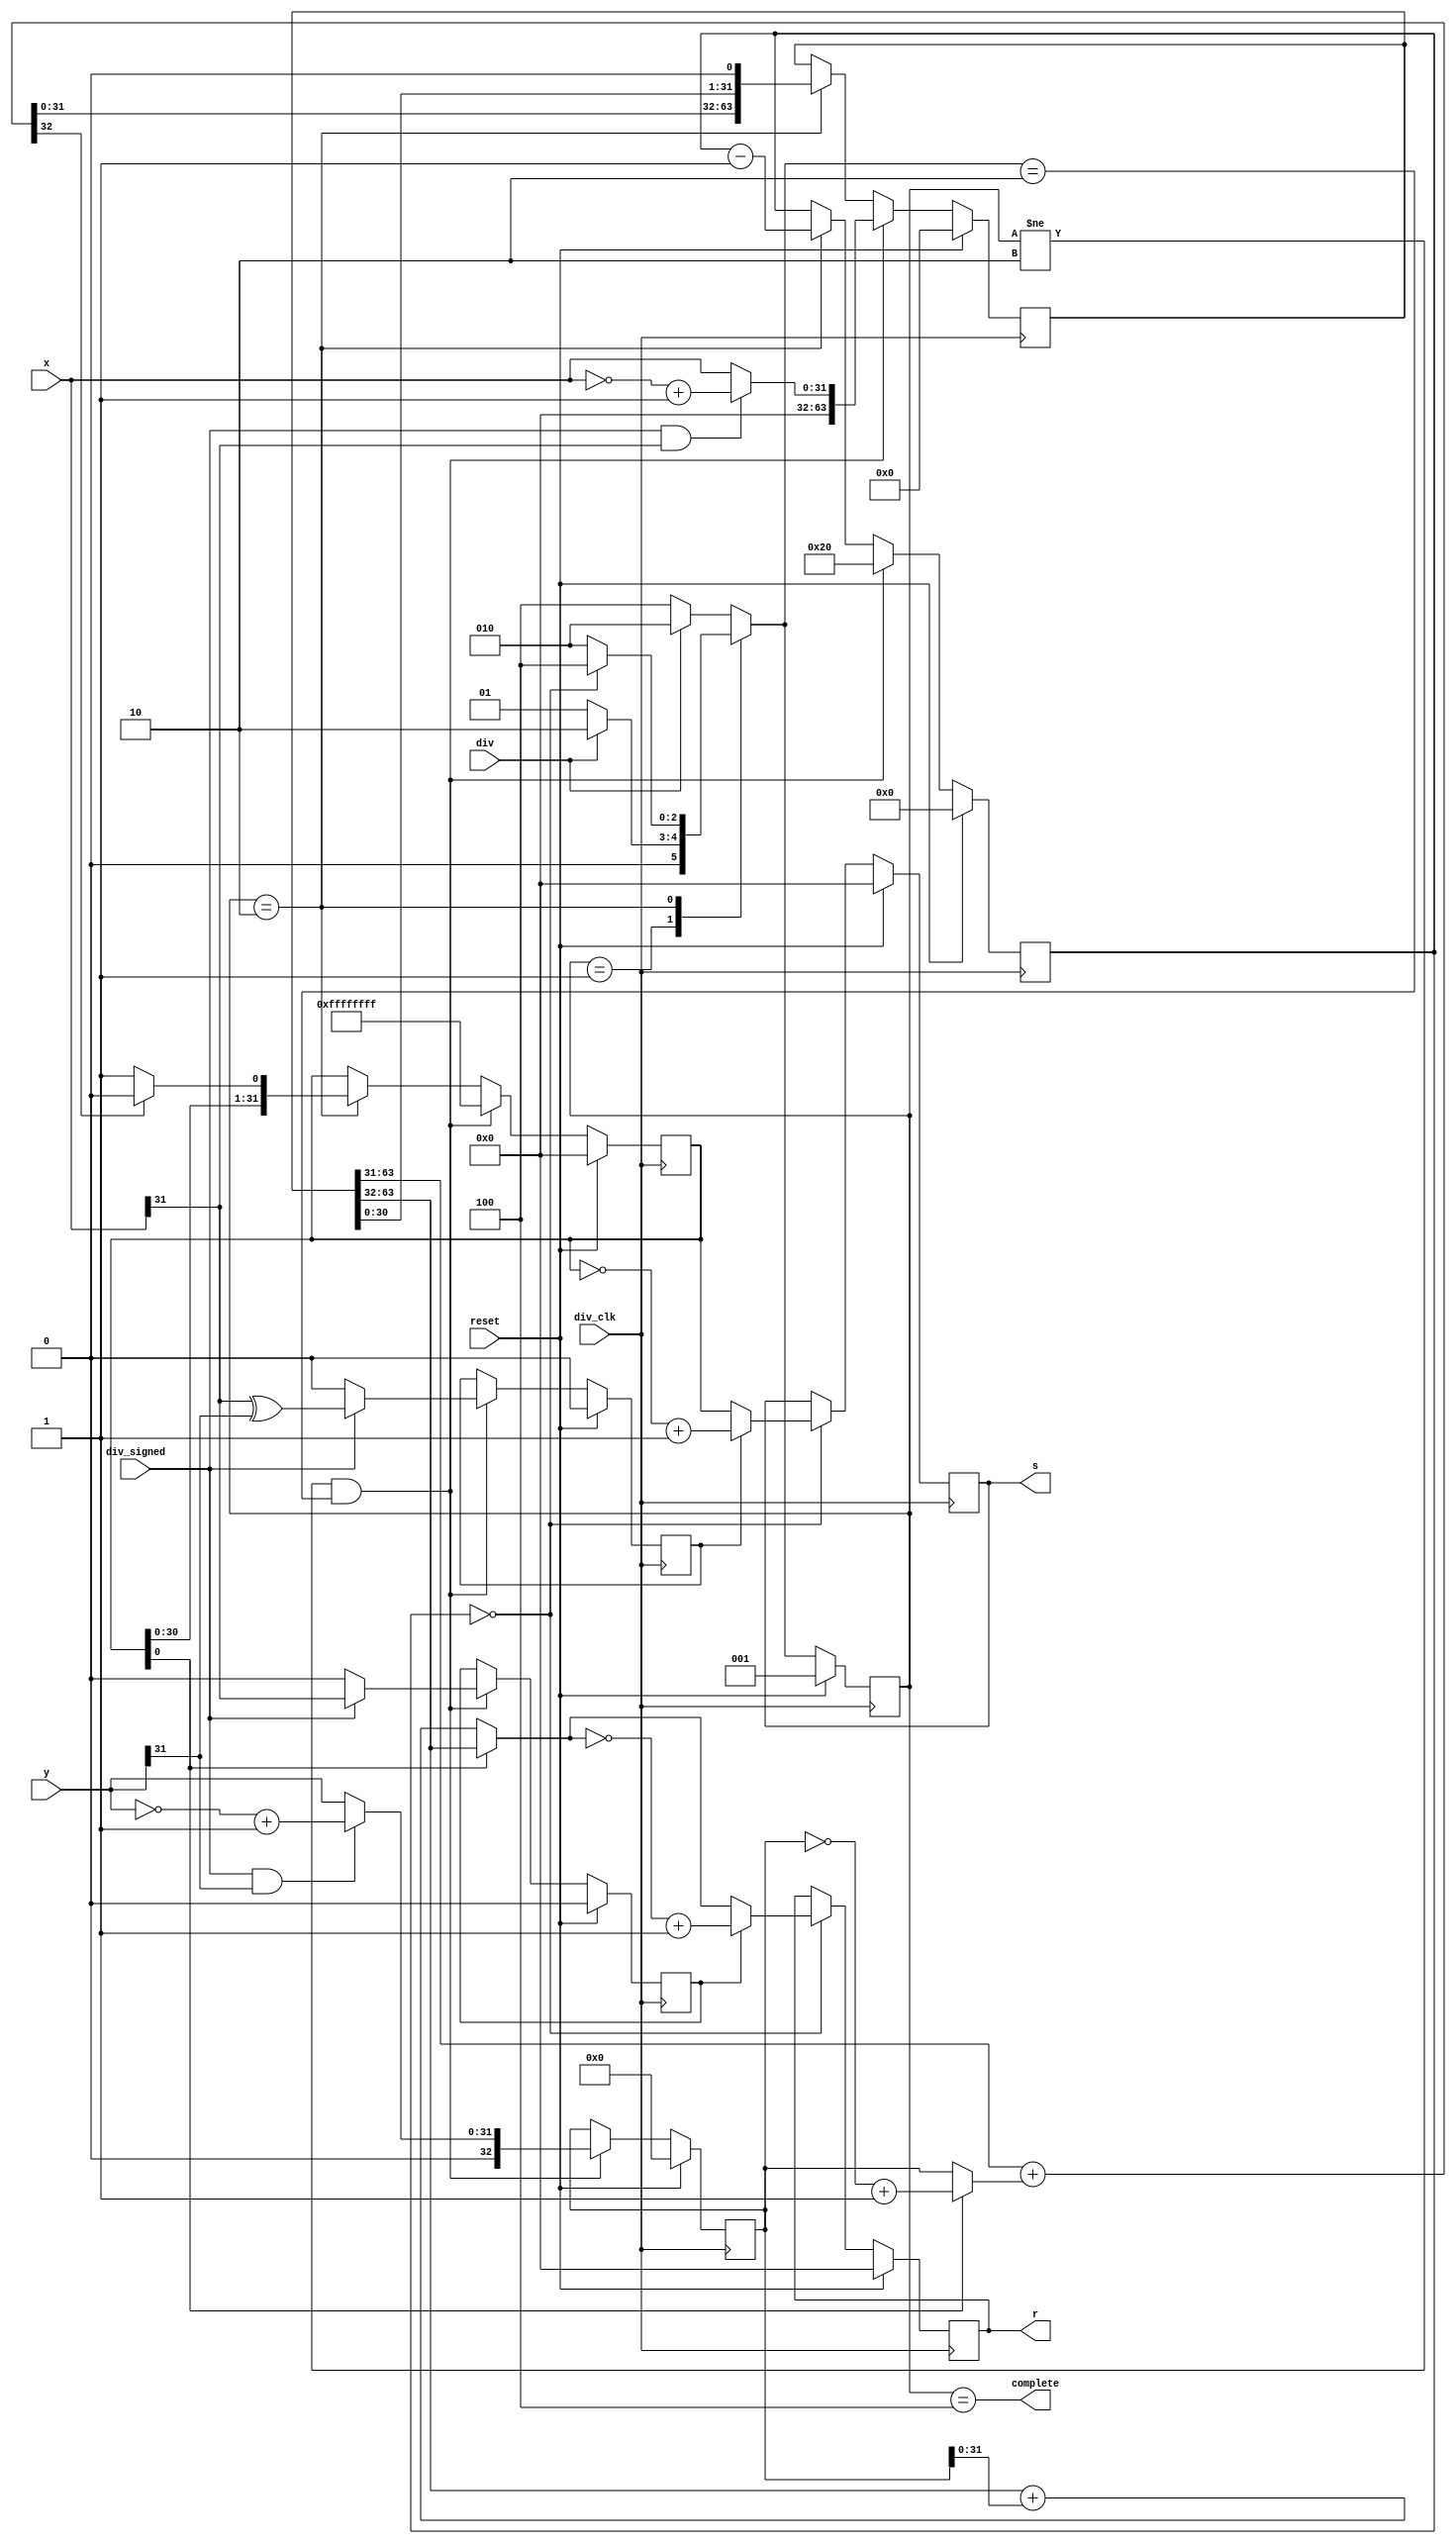
module div (
	input wire div_clk, input wire reset,
	input wire div, input wire div_signed,
	input wire [31:0] x,	/* Dividend */
	input wire [31:0] y,	/* Divisor */
	output reg [31:0] s,	/* Quotient */
	output reg [31:0] r,	/* Remainder */
	output wire complete
);

	wire rst, div_en;

	assign rst = reset, div_en = div;
	
	localparam S_RST = 3'b001,
		S_RUN = 3'b010, S_CMP = 3'b100;
	
	reg [2:0] current_state, next_state;
	wire flag_prepare, flag_running, flag_rlast;

	reg [63:0] x_r;	/* Abs of dividend */
	reg [32:0] y_r;	/* Abs of divisor */
	reg [31:0] q_r;	/* Abs of quotient */
	reg sign_q, sign_r;	/* Sign of quotient & remainder */
	reg [5:0] do_ymr;	/* Counter of steps */
	wire [32:0] y_n; /* -y_r */
	wire [32:0] diff;
	/*
	 * At the last step of RUNNING, q_r[0] being 0
	 * means that an additional y_r has been subtracted,
	 * so the remainder should be recovered by
	 * adding y_r[31:0] to x_r[63:32].
	 */
	wire [31:0] r_recovered;
	wire qn;	/* New bit of quotient */

	always @(posedge div_clk) begin
		if (rst)
			current_state <= S_RST;
		else
			current_state <= next_state;
	end

	always @(*) begin
		case (current_state)
		S_RST:	/* Reset */
			if (div_en != 0)
				next_state = S_RUN;
			else
				next_state = S_RST;
		S_RUN:	/* Running */
			if (do_ymr == 6'd0)
				next_state = S_CMP;
			else
				next_state = S_RUN;
		default:	/* Complete */
			if (div_en != 0)
				next_state = S_RUN;
			else
				next_state = S_CMP;
		endcase
	end

	assign flag_prepare = 
		(current_state != S_RUN && next_state == S_RUN),
		flag_running = (current_state == S_RUN),
		/* The last step of RUNNING */
		flag_rlast = (do_ymr == 6'd1),
		/* RUNNING has done, next state is COMPLETE */
		flag_done = (do_ymr == 6'd0);

	/* do_ymr */
	always @(posedge div_clk) begin
		if (rst)
			do_ymr <= 6'd0;
		else if (flag_prepare)
			/* Prepare to divide */
			do_ymr <= 6'd32;
		else if (flag_running)
			do_ymr <= do_ymr - 6'd1;
	end

	/* sign_q/r */
	always @(posedge div_clk) begin
		if (rst) begin
			sign_q <= 0;
			sign_r <= 0;
		end
		else if (flag_prepare) begin
			if (div_signed) begin
				sign_q <= x[31] ^ y[31];
				/* Sign of remainder is the same as dividend */
				sign_r <= x[31];
			end
			else begin
				/* unsigned */
				sign_q <= 0;
				sign_r <= 0;
			end
		end
	end

	assign y_n = ~y_r + 33'd1,
		/* q_r[0]==0 means that last new bit of quotient is 0, so do add */
		diff = x_r[63:31] + (q_r[0] ? y_n : y_r),
		/* 1 if diff is pos, 0 if diff is neg */
		qn = (diff[32] ? 0 : 1);

	/* x_r */
	always @(posedge div_clk) begin
		if (rst)
			x_r <= 64'd0;
		else if (flag_prepare)
			/* Prepare to divide */
			x_r <= {
				32'd0,
				(div_signed && x[31] ? ~x + 32'd1 : x)
			};
		else if (flag_running)
			x_r <= { diff[31:0],x_r[30:0],1'd0 };
	end

	assign r_recovered = (q_r[0] ? x_r[63:32] : x_r[63:32] + y_r[31:0]);

	/* y_r */
	always @(posedge div_clk) begin
		if (rst)
			y_r <= 33'd0;
		else if (flag_prepare)
			y_r <= {
				1'd0,
				(div_signed && y[31] ? ~y + 32'd1 : y)
			};
	end

	/* q_r */
	always @(posedge div_clk) begin
		if (rst)
			q_r <= 32'd0;
		else if (flag_prepare)
			q_r <= ~32'd0;
		else if (flag_running)
			q_r <= { q_r[30:0],qn };
	end

	/* s/r */
	always @(posedge div_clk) begin
		if (rst) begin
			s <= 32'd0;
			r <= 32'd0;
		end
		else if (flag_done) begin
			s <= (sign_q ? ~q_r + 32'd1 : q_r);
			r <= (sign_r ? ~r_recovered + 32'd1 : r_recovered);
		end
	end

	assign complete = (current_state == S_CMP);
endmodule